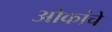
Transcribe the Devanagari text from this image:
ओकांचे